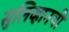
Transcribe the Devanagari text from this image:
सुलिव्हानची